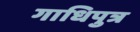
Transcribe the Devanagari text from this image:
गाधिपुत्र